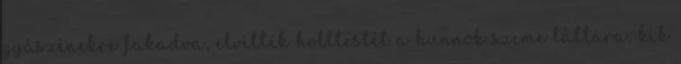
gyászénekre fakadva, elvitték holttestét a hunnok szeme láttára, kik